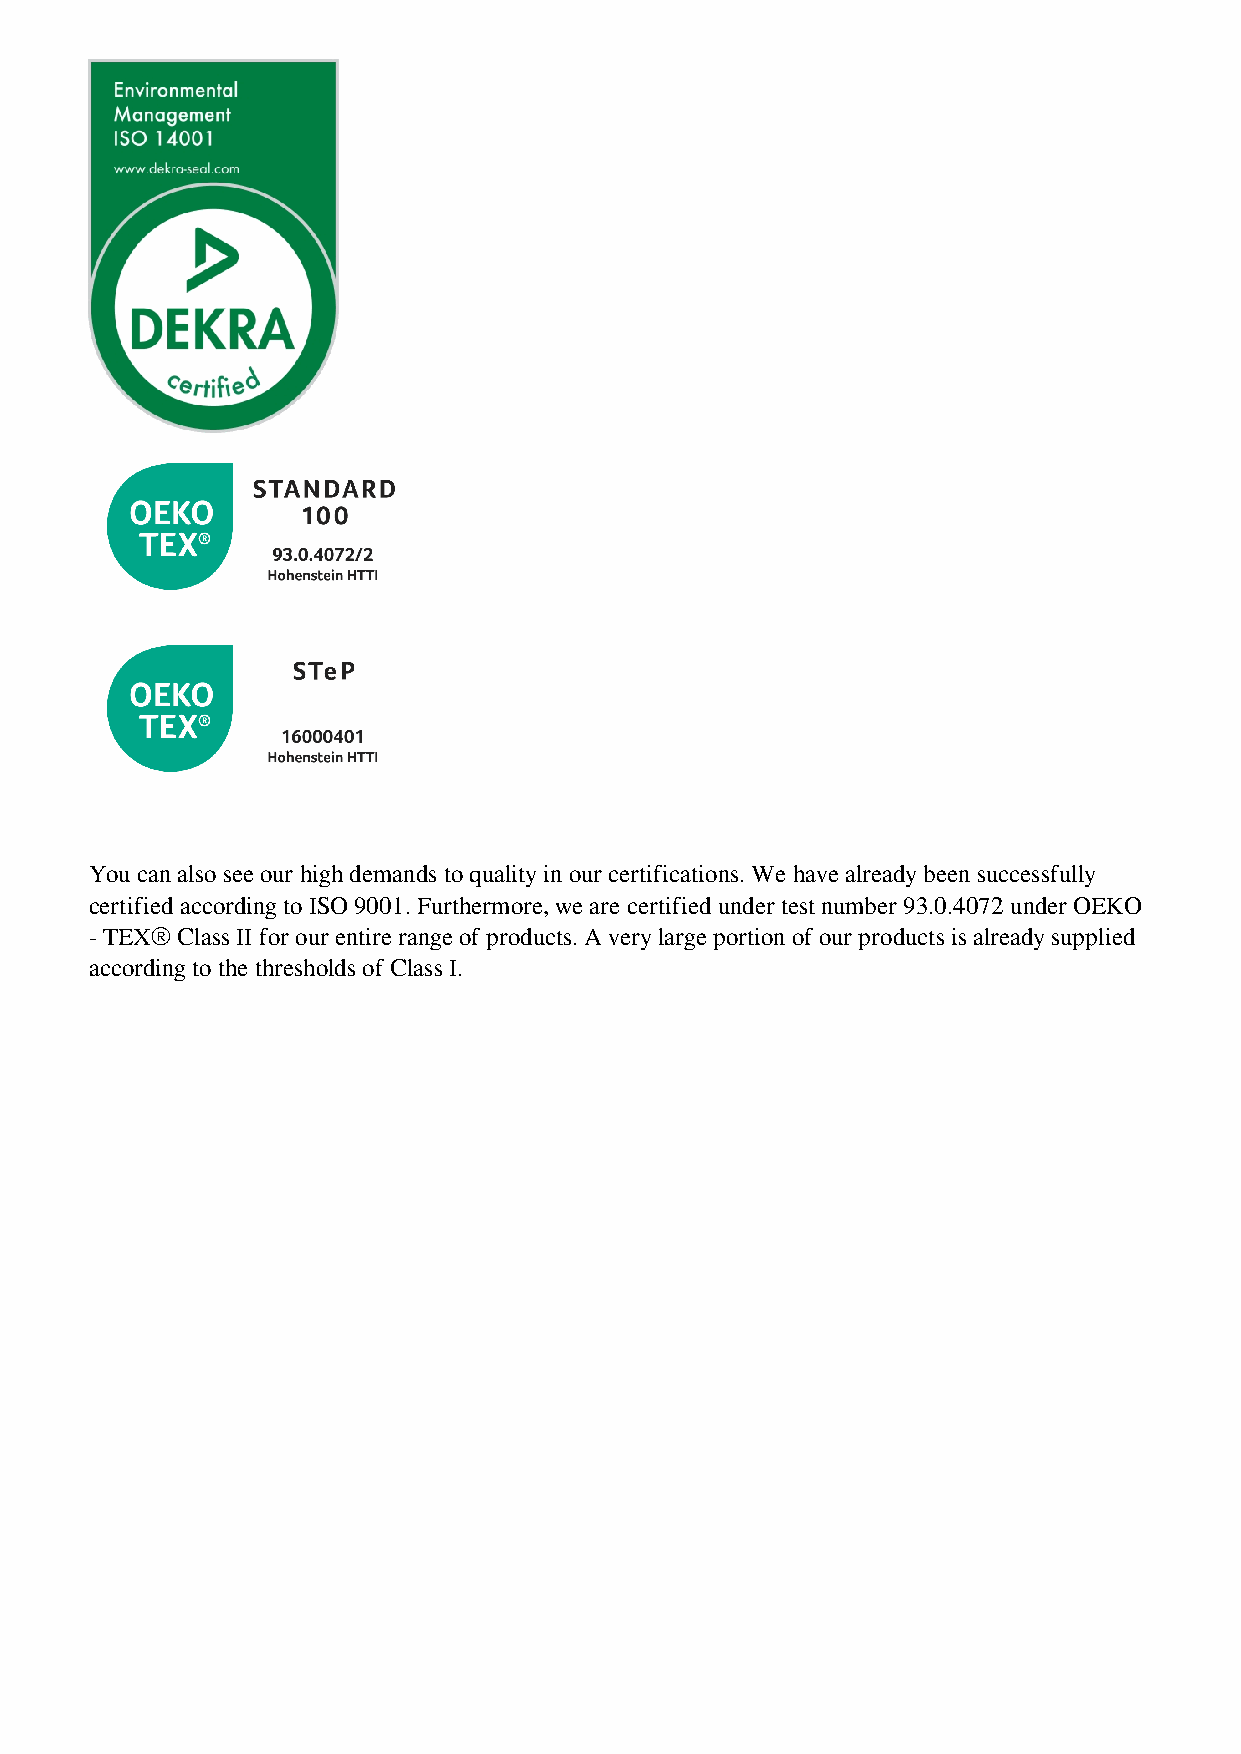
You can also see our high demands to quality in our certifications. We have already been successfully
 certified according to ISO 9001. Furthermore, we are certified under test number 93.0.4072 under OEKO
 - TEX® Class II for our entire range of products. A very large portion of our products is already supplied
 according to the thresholds of Class I.
 Powered by TCPDF (www.tcpdf.org)